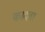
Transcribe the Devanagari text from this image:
कादवा